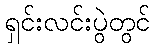
ရှင်းလင်းပွဲတွင်